Bréfritari: Sigurður Eiríksson
Viðtakandi: Jón Borgfirðings Jónsson
Dagsetning: A-1864-10-11
Skrifað á: Ingjaldsstöðum  S-Þing.

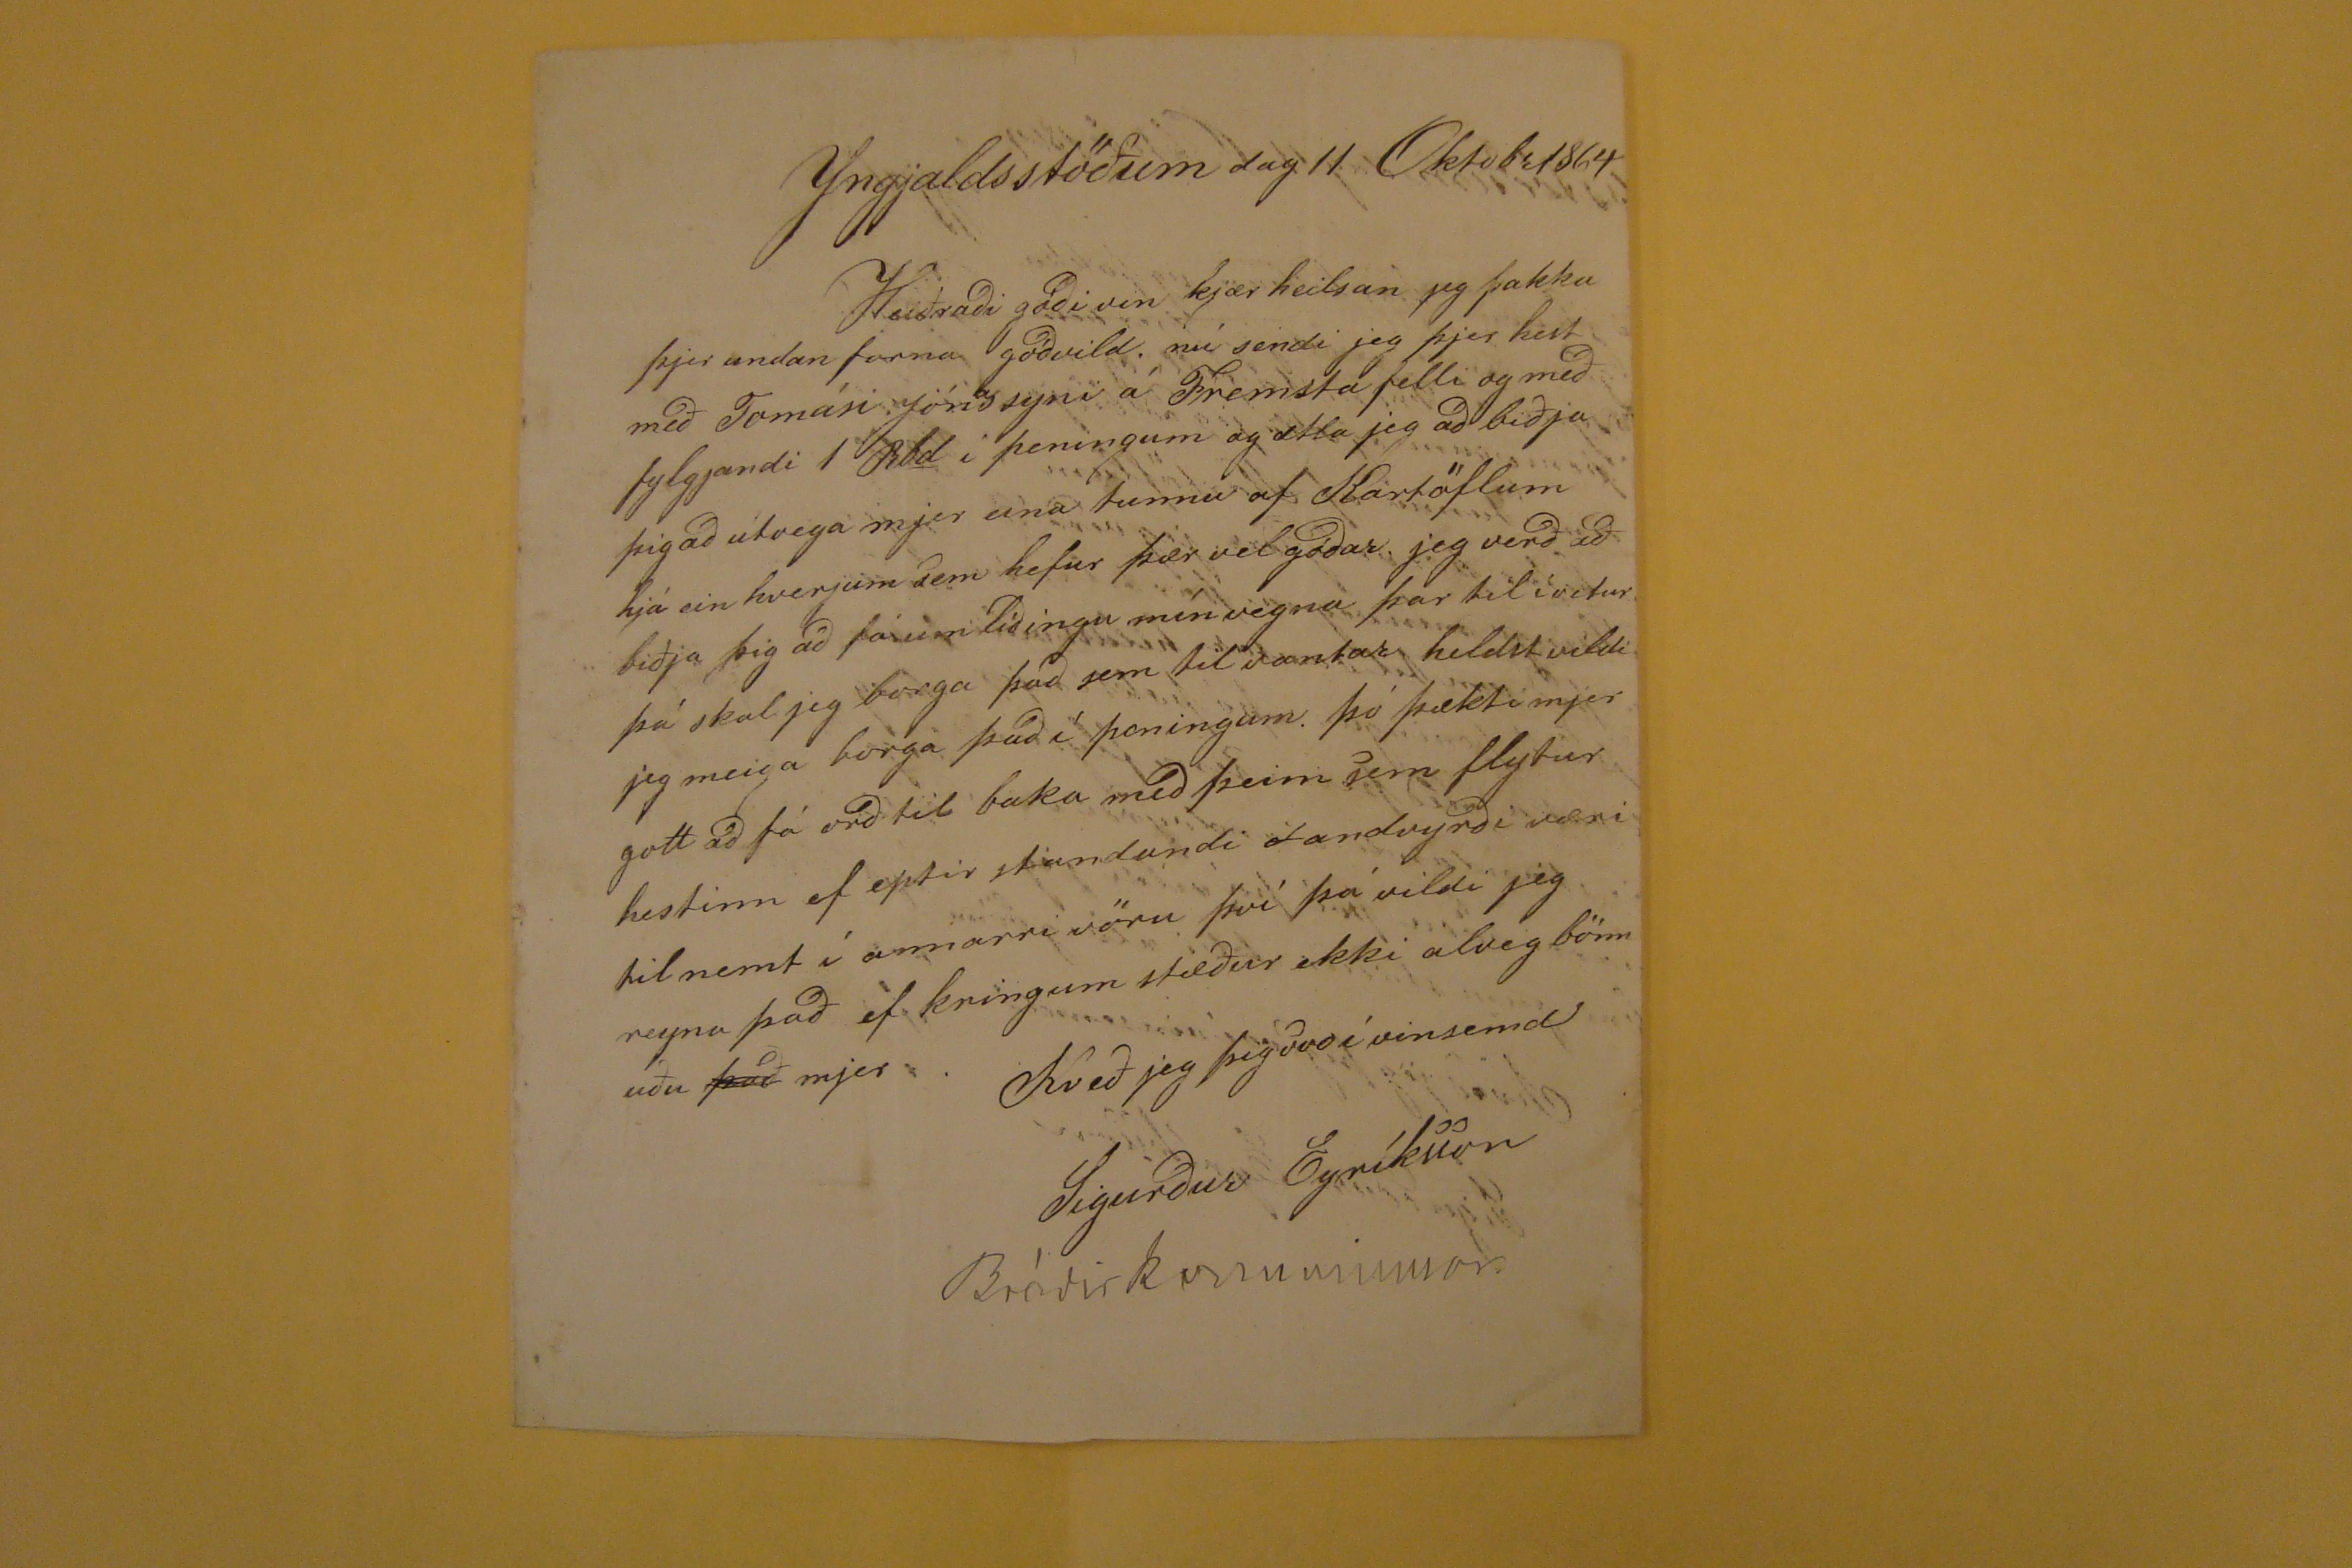

Yngjaldsstöðum dag 11 Oktobr1864
HEiðrai góði vin kjær heilsan jeg þakka þjer undan farna góðvild. nú sendi jeg þjer hest með Tomasi Jónssyni á Fremsta felli og með fylgjandi 1 Rbd í peningum og ætla jeg að biðja þig að útvega mjer eina tunnu af Kartöflum hjá einhverjum sem hefur þær vel góðar jeg verð að biðja þig að
fá um liðingu
mín vegna þar til í vetur þá skal jeg borga það sem til vantar heldst vildi jeg meiga borga það í peningum. þó þækti mjer gott að fá orð til baka með þeim sem flytur hestinn ef eptir standandi
? andvyrði
væri til nemt í annarri vöru því þá vildi jeg reyna það ef kringum stæður ekki alveg bönnuðu
það
mjer.
Kveð jeg þig svo í vinsemd
Sigurður Eyríksson
Bróðir konu minnar